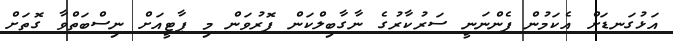
އަޅުގަނޑަށް އެކަމުން ފެންނަނީ ސަރުކާރުގެ ނާގާބިލްކަން ފޮރުވަން މި ޕާޓީއަށް ނިސްބަތްވާ ގޮތަށް